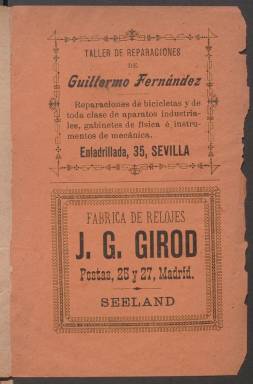
Título: Anuario de la Unión Velocipédica Española
Colección: Deportes
Ámbito geográfico: Madrid
Lugar de publicación: Madrid
Fechas: 01/01/1897-31/12/1897